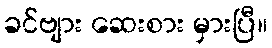
ခင်ဗျား ဆေးစား မှားပြီ။